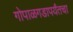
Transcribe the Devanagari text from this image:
गोपाळगडापर्यंतचा